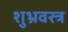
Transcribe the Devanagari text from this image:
शुभ्रवस्त्र